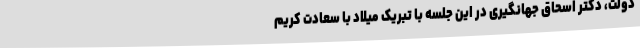
دولت، دکتر اسحاق جهانگیری در این جلسه با تبریک میلاد با سعادت کریم